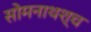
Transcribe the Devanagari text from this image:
सोमनाथश्च